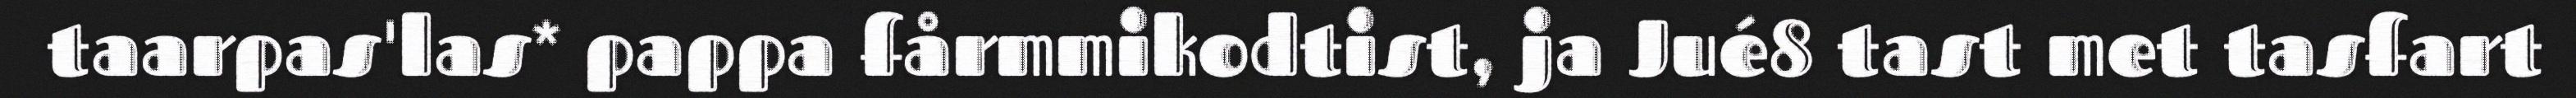
taarpas'las* pappa fårmmikodtist, ja Jué8 tast met tasfart